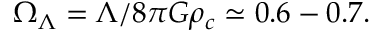
\Omega _ { \Lambda } = \Lambda / 8 \pi G \rho _ { c } \simeq 0 . 6 - 0 . 7 .